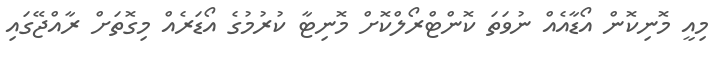
މިއީ މޮނިކޮން އޯޑާއެއް ނުވަތަ ކޮންޓްރޯލްކޮށް މޮނިޓާ ކުރުމުގެ އޯޑަރެއް މިގޮތަށް ރާއްޖޭގައި